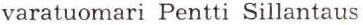
varatuomari Pentti Sillantaus